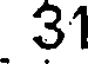
31